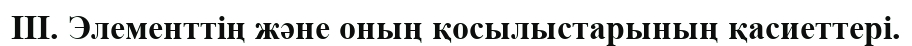
III. Элементтің және оның қосылыстарының қасиеттері.